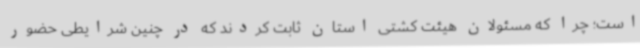
است؛ چرا که مسئولان هیئت کشتی استان ثابت کردند که در چنین شرایطی حضور